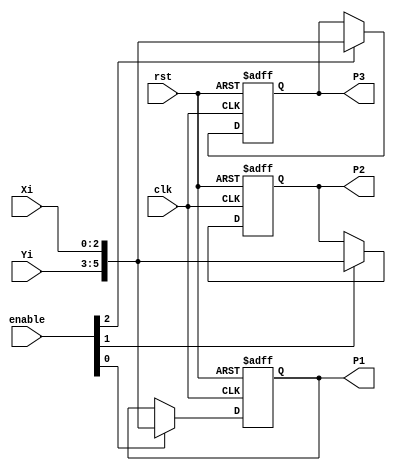
module MEM(
		input 				clk,
		input 				rst,
		input		[2:0]	Xi,
		input		[2:0]	Yi,
		input		[2:0]	enable,
		output	reg	[5:0]	P1,
		output	reg	[5:0]	P2,
		output	reg	[5:0]	P3
		);
///////////////////////// mem ///////////////////////////////
	always@(posedge clk or posedge rst)begin
		if(rst)begin
			P1<=6'd0;
		end else if(enable[0])begin
			P1<={Yi,Xi};
		end
	end

	always@(posedge clk or posedge rst)begin
		if(rst)begin
			P2<=6'd0;
		end else if(enable[1])begin
			P2<={Yi,Xi};
		end
	end

	always@(posedge clk or posedge rst)begin
		if(rst)begin
			P3<=6'd0;
		end else if(enable[2])begin
			P3<={Yi,Xi};
		end
	end

endmodule